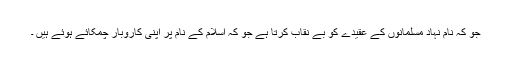
جو کہ نام نہاد مسلمانوں کے عقیدے کو بے نقاب کرتا ہے جو کہ اسلام کے نام پر اپنی کاروبار چمکائے ہوئے ہیں ۔